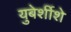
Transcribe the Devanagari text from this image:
युबेर्शीशे